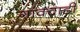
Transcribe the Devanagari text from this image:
गांवचाडी